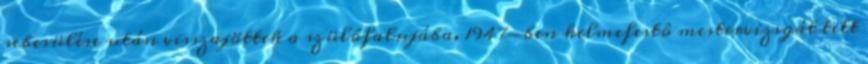
sebesülése után visszajöttek a szülôfalujába. 1947-ben kelmefestô mestervizsgát tett